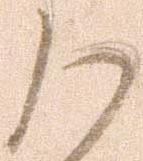
ハ